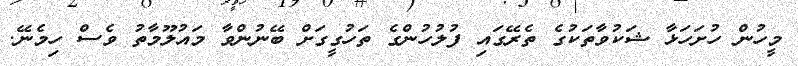
މީހުން ހުށަހަޅާ ޝަކުވާތަކުގެ ތެރޭގައި ފުލުހުންގެ ތަހުގީގަށް ބޭނުންވާ މައުލޫމާތު ވެސް ހިމެނޭ.